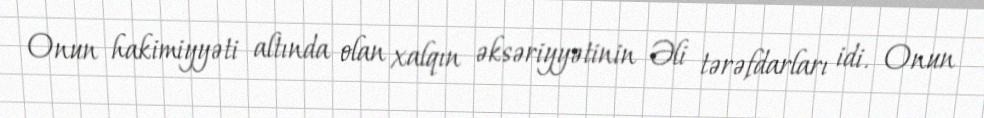
Onun hakimiyyəti altında olan xalqın əksəriyyətinin Əli tərəfdarları idi. Onun